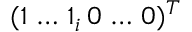
( 1 \, \dots \, 1 _ { i } \, 0 \, \dots \, 0 ) ^ { T }